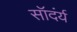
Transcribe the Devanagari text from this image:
सॉदंर्य